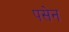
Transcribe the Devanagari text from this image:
पसेन